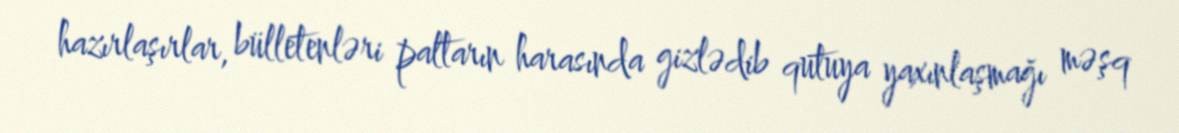
hazırlaşırlar, bülletenləri paltarın harasında gizlədib qutuya yaxınlaşmağı məşq